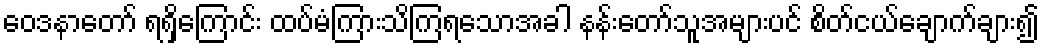
ဝေဒနာတော် ရရှိကြောင်း ထပ်မံကြားသိကြရသောအခါ နန်းတော်သူအများပင် စိတ်ငယ်ချောက်ချား၍